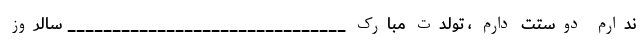
ندارم دوستت دارم ، تولدت مبارک _______________________________ سالروز